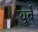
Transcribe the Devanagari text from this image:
यूर्बँ